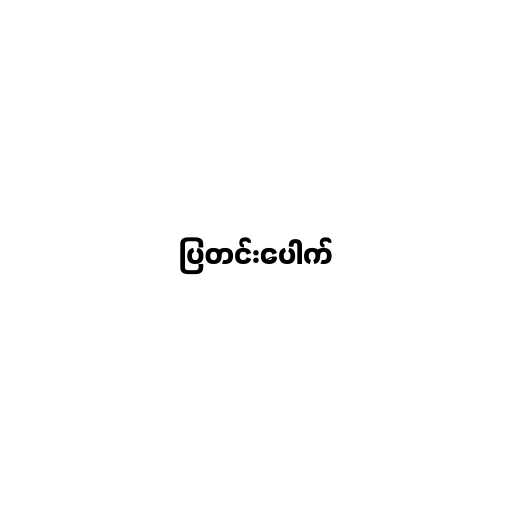
ပြတင်းပေါက်